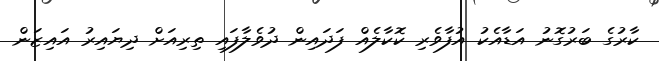
ކާރުގެ ބަރުގޮނު އަޑާއެކު އުފާވެރި ކޮކާލެއް ފަދައިން ދުވެލާފައި ތިރިއަށް ދިޔައިރު އައިޒަން